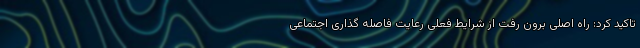
تاکید کرد: راه اصلی برون رفت از شرایط فعلی رعایت فاصله گذاری اجتماعی